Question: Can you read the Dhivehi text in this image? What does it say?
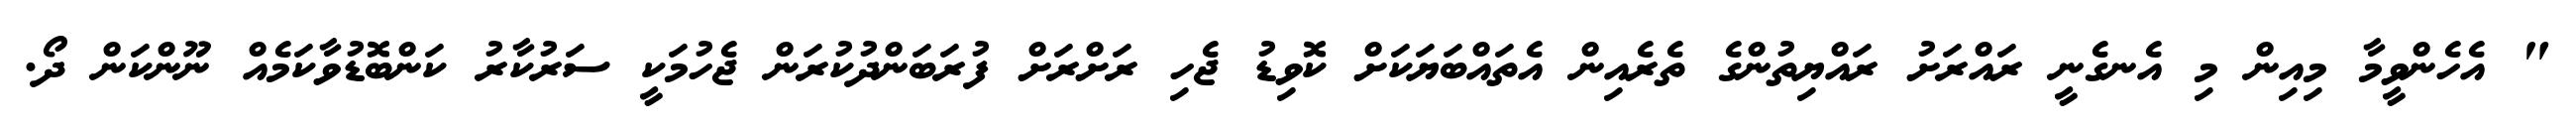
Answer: " އެހެންވީމާ މިއިން މި އެނގެނީ ރައްރަށު ރައްޔިތުންގެ ތެރެއިން އެތައްބަޔަކަށް ކޮވިޑު ޖެހި ރަށްރަށް ފުރަބަންދުކުރަން ޖެހުމަކީ ސަރުކާރު ކަންބޮޑުވާކަމެއް ނޫންކަން ދޯ.